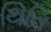
થિતિ